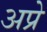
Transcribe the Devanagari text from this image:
अप्रे